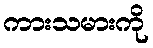
ကားသမားကို